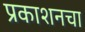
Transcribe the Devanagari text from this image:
प्रकाशनचा